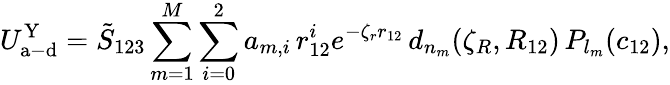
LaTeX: U_{\mathrm{a-d}}^{\mathrm{Y}}=\tilde{S}_{123}\sum_{m=1}^{M}\sum_{i=0}^{2}a_{m,i}\, r_{12}^{i}e^{-\zeta_{r}r_{12}}\, d_{n_{m}}(\zeta_{R},R_{12})\, P_{l_{m}}(c_{12}),